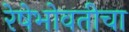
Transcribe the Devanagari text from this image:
रेषेभोवतीचा